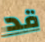
قد